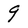
Character: 9